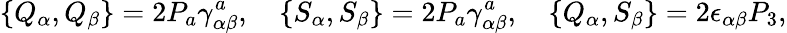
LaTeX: \{ Q_{\alpha},Q_{\beta}\} =2P_{a}\gamma_{\alpha\beta}^{a},\quad\{ S_{\alpha},S_{\beta}\} =2P_{a}\gamma_{\alpha\beta}^{a},\quad\{ Q_{\alpha},S_{\beta}\} =2\epsilon_{\alpha\beta}P_{3},